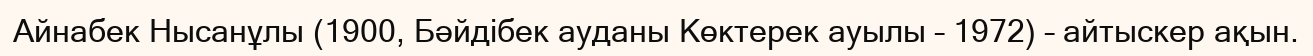
Айнабек Нысанұлы (1900, Бәйдібек ауданы Көктерек ауылы – 1972) – айтыскер ақын.